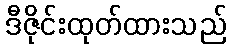
ဒီဇိုင်းထုတ်ထားသည်